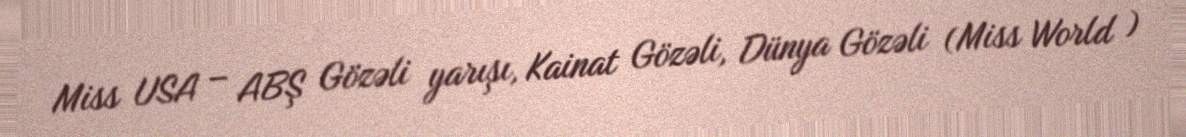
Miss USA – ABŞ Gözəli yarışı, Kainat Gözəli, Dünya Gözəli (Miss World )